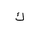
Letter: _kaf